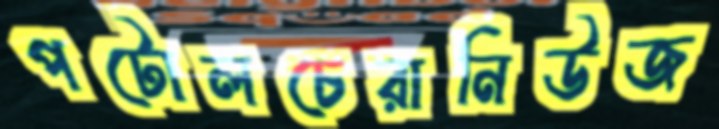
পটোলচেরানিউজ